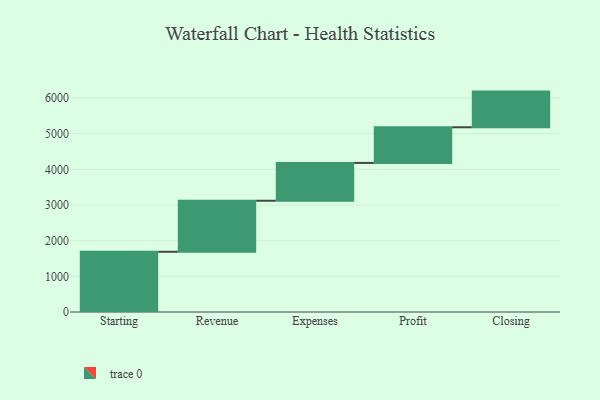
{"axis": {"x": "Step", "y": "Value"}, "legend": [""], "data": [{"x": "Starting", "y": 1689.0, "type": ""}, {"x": "Revenue", "y": 1431.0, "type": ""}, {"x": "Expenses", "y": 1061.0, "type": ""}, {"x": "Profit", "y": 1000, "type": ""}, {"x": "Closing", "y": 1000, "type": ""}]}